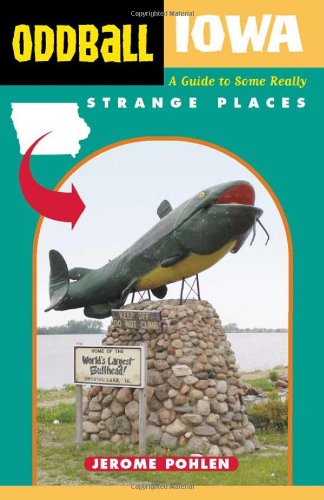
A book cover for Oddball Iowa: A Guide to Some Really Strange Places (Oddball series); Jerome Pohlen; Travel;